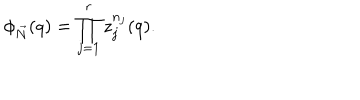
LaTeX: \phi _ { \vec { N } } ( q ) = \prod _ { j = 1 } ^ { r } z _ { j } ^ { n _ { j } } ( q ) .